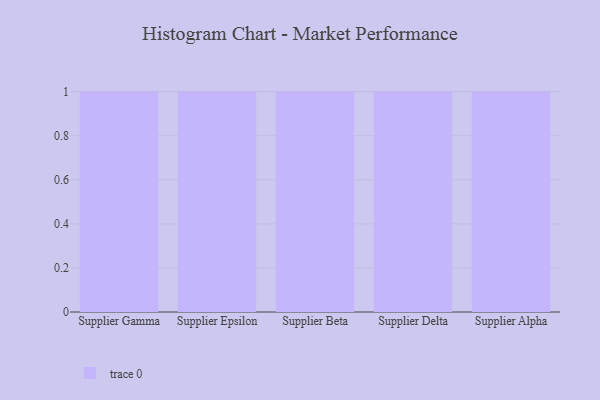
{"axis": {"x": "Supplier", "y": "Energy Usage (MWh)"}, "legend": [""], "data": [{"x": "Supplier Gamma", "y": 25, "type": ""}, {"x": "Supplier Epsilon", "y": 7, "type": ""}, {"x": "Supplier Beta", "y": 50, "type": ""}, {"x": "Supplier Delta", "y": 69, "type": ""}, {"x": "Supplier Alpha", "y": 98, "type": ""}]}